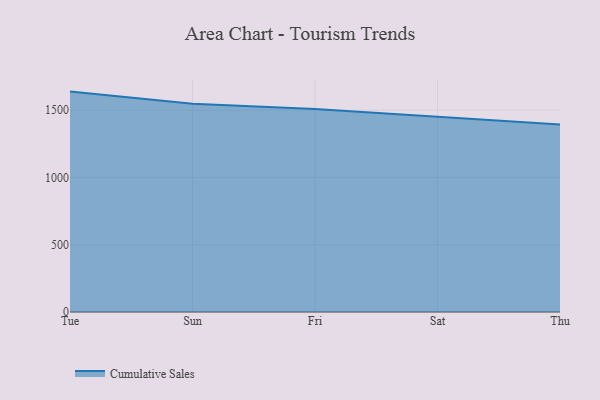
{"axis": {"x": "Day", "y": "Production Output"}, "legend": ["Cumulative Sales"], "data": [{"x": "Tue", "y": 1638.3, "type": "Cumulative Sales"}, {"x": "Sun", "y": 1548.6, "type": "Cumulative Sales"}, {"x": "Fri", "y": 1509.6, "type": "Cumulative Sales"}, {"x": "Sat", "y": 1450.7, "type": "Cumulative Sales"}, {"x": "Thu", "y": 1393.3, "type": "Cumulative Sales"}]}